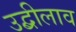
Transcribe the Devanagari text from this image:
उद्बीलाव